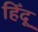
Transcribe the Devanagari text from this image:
हिँदू